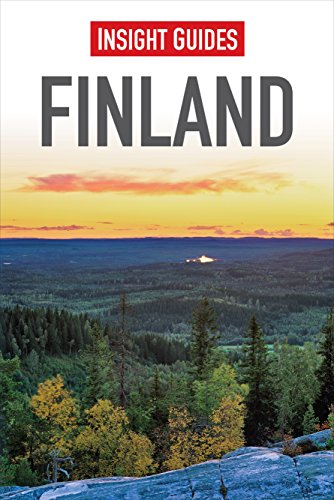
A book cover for Finland (Insight Guides); Insight Guides; Travel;